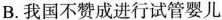
B.我国不赞成进行试管婴儿